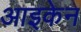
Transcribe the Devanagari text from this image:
आइकेन